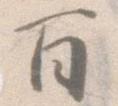
百